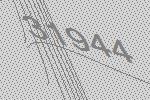
31944